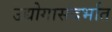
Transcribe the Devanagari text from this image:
उद्योगासंदर्भात